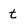
Character: t